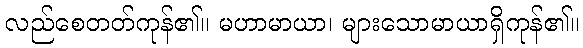
လည်စေတတ်ကုန်၏။ မဟာမာယာ၊ များသောမာယာရှိကုန်၏။